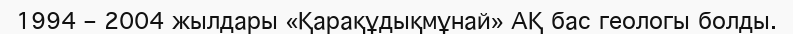
1994 – 2004 жылдары «Қарақұдықмұнай» АҚ бас геологы болды.